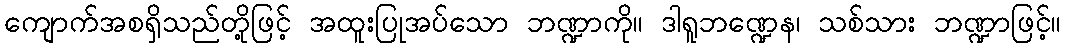
ကျောက်အစရှိသည်တို့ဖြင့် အထူးပြုအပ်သော ဘဏ္ဍာကို။ ဒါရူဘဏ္ဍေန၊ သစ်သား ဘဏ္ဍာဖြင့်။